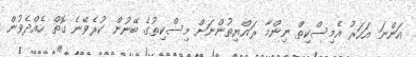
އަންނަ އަހަރު އެމިސްކިތް ނިންމާ ރައްޔިތުންނަށް މިސްކިތުގެ ބޭނުން ކުރެވޭނެ ގޮތް ހެއްދެވުން